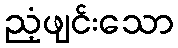
ညံ့ဖျင်းသော